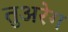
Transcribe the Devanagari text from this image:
तुअरेग